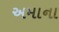
અમાના